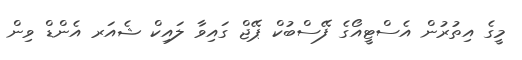
މީގެ އިތުރުން އެސްޓީއޯގެ ފޭސްބުކް ޕޭޖް ގައިވާ ލައިކް ޝެއަރ އެންޑް ވިން